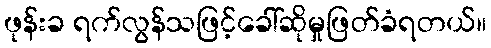
ဖုန်းခ ရက်လွန်သဖြင့်ခေါ်ဆိုမှုဖြတ်ခံရတယ်။